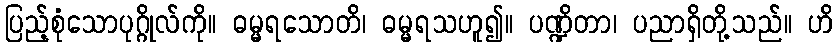
ပြည့်စုံသောပုဂ္ဂိုလ်ကို။ ဓမ္မရသောတိ၊ ဓမ္မရသဟူ၍။ ပဏ္ဍိတာ၊ ပညာရှိတို့သည်။ ဟိ